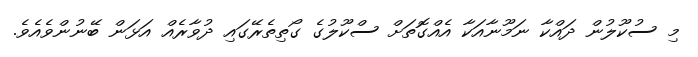
މި ސުކޫލުން ދައްކާ ނަމޫނާއަކާ އެއްގޮތަށް ސްކޫލުގެ ގޯތިތެރޭގައި ދުވާރެއް އަޅަން ބޭނުންވެއެވެ.